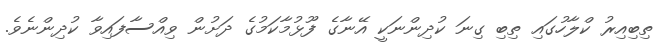
ތިބިއިރު ކްލާހުގައި ތިބި ގިނަ ކުދިންނަކީ އޭނާގެ ފޫޅުމާކަމުގެ ދަށުން ވިއްސާފައިވާ ކުދިންނެވެ.